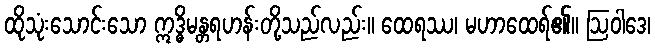
ထိုသုံးသောင်းသော ဣဒ္ဓိမန္တရဟန်းတို့သည်လည်း။ ထေရဿ၊ မဟာထေရ်၏။ ဩဝါဒေ၊